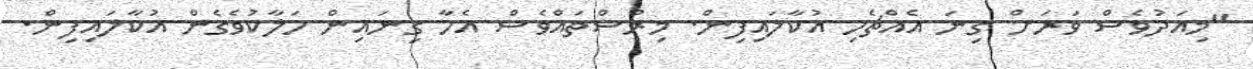
"މިއަދުވެސް ވަރަށް ގިނަ އެއްޗެހި އުކާލައިފިން. މިރުސްތައްވެސް އެހާ ގިނައިން ހަލާކުވެގެން އުކާލައިފިން.